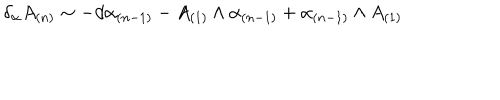
\delta _ { \alpha } A _ { ( n ) } \sim - d \alpha _ { ( n - 1 ) } - A _ { ( 1 ) } \wedge \alpha _ { ( n - 1 ) } + \alpha _ { ( n - 1 ) } \wedge A _ { ( 1 ) }